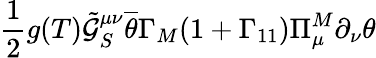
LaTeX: \frac{1}{2}g(T)\tilde{\mathcal{G}}_{S}^{\mu\nu}\overline{{{\theta}}}\Gamma_{M}(1+\Gamma_{11})\Pi_{\mu}^{M}\partial_{\nu}\theta